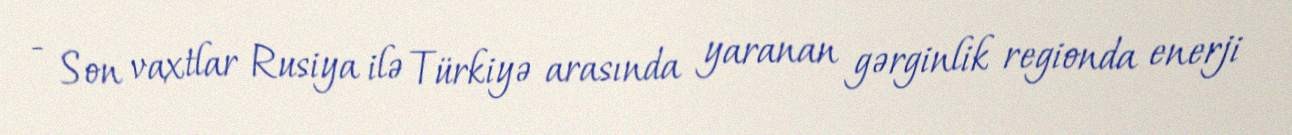
- Son vaxtlar Rusiya ilə Türkiyə arasında yaranan gərginlik regionda enerji